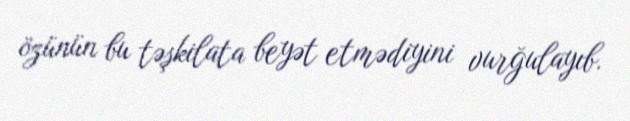
özünün bu təşkilata beyət etmədiyini vurğulayıb.